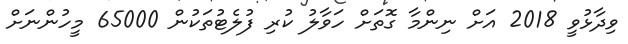
ވިދާޅުވީ 2018 އަށް ނިންމާ ގޮތަށް ހަވާލު ކުރި ފުލެޓުތަކުން 65000 މީހުންނަށް